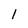
Character: 1